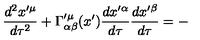
\frac { d ^ { 2 } x ^ { \prime \mu } } { d \tau ^ { 2 } } + \Gamma _ { \alpha \beta } ^ { \prime \mu } ( x ^ { \prime } ) \frac { d x ^ { \prime \alpha } } { d \tau } \frac { d x ^ { \prime \beta } } { d \tau } = -